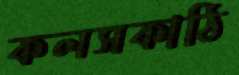
কলসকাঠি